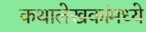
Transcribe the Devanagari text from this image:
कथालेखकांमध्ये